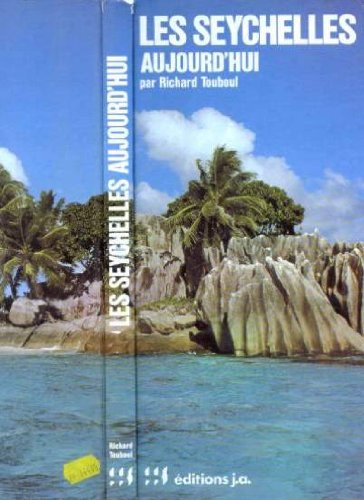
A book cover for Les Seychelles aujourd'hui (French Edition); Richard Touboul; Travel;